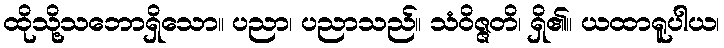
ထိုသို့သဘောရှိသော။ ပညာ၊ ပညာသည်။ သံဝိဇ္ဇတိ၊ ရှိ၏။ ယထာရူပါယ၊